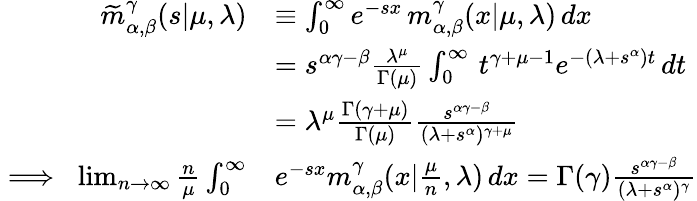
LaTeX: \begin{array}{rl}{\widetilde m_{\alpha,\beta}^{\gamma}(s\vert\mu,\lambda)}&{\equiv\int_{0}^{\infty}e^{-sx}\, m_{\alpha,\beta}^{\gamma}(x\vert\mu,\lambda)\, dx}\\ &{=s^{\alpha\gamma-\beta}\frac{\lambda^{\mu}}{\Gamma(\mu)}\int_{0}^{\infty}\, t^{\gamma+\mu-1}e^{-(\lambda+s^{\alpha})t}\, dt}\\ &{=\lambda^{\mu}\frac{\Gamma(\gamma+\mu)}{\Gamma(\mu)}\frac{s^{\alpha\gamma-\beta}}{(\lambda+s^{\alpha})^{\gamma+\mu}}}\\ {\implies\; \operatorname*{lim}_{n\to\infty}\frac{n}{\mu}\int_{0}^{\infty}}&{e^{-sx}m_{\alpha,\beta}^{\gamma}(x\vert\frac{\mu}{n},\lambda)\, dx=\Gamma(\gamma)\frac{s^{\alpha\gamma-\beta}}{(\lambda+s^{\alpha})^{\gamma}}}\end{array}